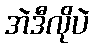
အဲဒီလိုပဲ